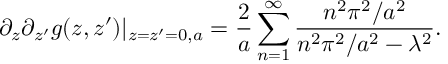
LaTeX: \partial _ { z } \partial _ { z ^ { \prime } } g ( z , z ^ { \prime } ) | _ { z = z ^ { \prime } = 0 , a } = { \frac { 2 } { a } } \sum _ { n = 1 } ^ { \infty } { \frac { n ^ { 2 } \pi ^ { 2 } / a ^ { 2 } } { n ^ { 2 } \pi ^ { 2 } / a ^ { 2 } - \lambda ^ { 2 } } } .